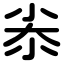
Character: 尜